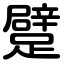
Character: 躄